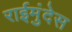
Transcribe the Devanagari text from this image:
राईमुंदेस